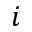
i